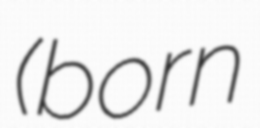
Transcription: (born